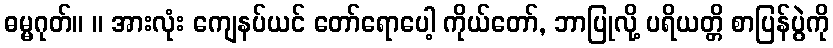
ဓမ္မဂုတ်။ ။ အားလုံး ကျေနပ်ယင် တော်ရောပေါ့ ကိုယ်တော်, ဘာပြုလို့ ပရိယတ္တိ စာပြန်ပွဲကို